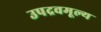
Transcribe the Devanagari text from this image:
उपद्रवमूल्य